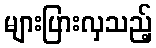
များပြားလှသည့်